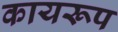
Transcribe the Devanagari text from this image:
कायरूप